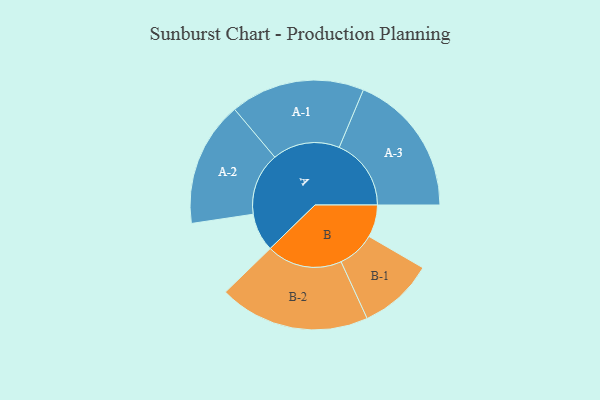
{"axis": {"x": "Segment", "y": "Value"}, "legend": ["", "A", "B"], "data": [{"x": "A", "y": 130, "type": ""}, {"x": "B", "y": 110, "type": ""}, {"x": "A-1", "y": 229, "type": "A"}, {"x": "A-2", "y": 213, "type": "A"}, {"x": "A-3", "y": 245, "type": "A"}, {"x": "B-1", "y": 128, "type": "B"}, {"x": "B-2", "y": 257, "type": "B"}]}